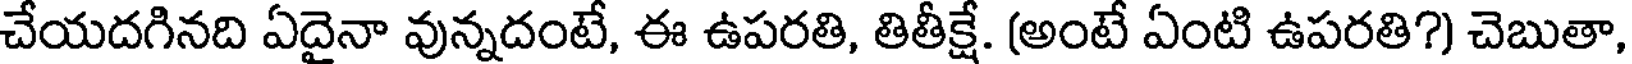
చేయదగినది ఏదైనా వున్నదంటే, ఈ ఉపరతి, తితీక్షే. (అంటే ఏంటి ఉపరతి?) చెబుతా